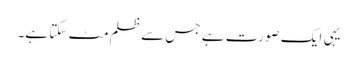
یہی ایک صورت ہے جس سے ظلم مٹ سکتا ہے۔